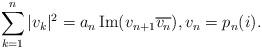
LaTeX: \begin{align*} \sum_{k=1}^n |v_k|^2 = a_n \operatorname{Im}(v_{n+1}\overline{v_n}), v_n=p_n(i). \end{align*}